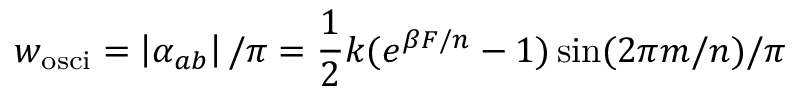
w _ { \mathrm { o s c i } } = \left| \alpha _ { a b } \right| / \pi = \frac 1 2 k ( e ^ { \beta F / n } - 1 ) \sin ( 2 \pi m / n ) / \pi